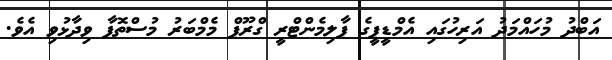
އަބްދު މުހައްމަދު އަރިހުގައި އެމްޑީޕީގެ ޕާލިމެންޓްރީ ގްރޫޕް މެމްބަރު މުސްތޮފާ ވިދާޅުވި އެވެ.